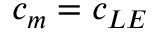
c _ { m } = c _ { L E }